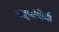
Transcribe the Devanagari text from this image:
चतुष्संयोजी